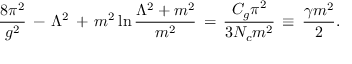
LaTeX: \frac { 8 \pi ^ { 2 } } { g ^ { 2 } } \, - \, \Lambda ^ { 2 } \, + \, m ^ { 2 } \ln \frac { \Lambda ^ { 2 } + m ^ { 2 } } { m ^ { 2 } } \, = \, \frac { C _ { g } \pi ^ { 2 } } { 3 N _ { c } m ^ { 2 } } \, \equiv \, \frac { \gamma m ^ { 2 } } { 2 } .